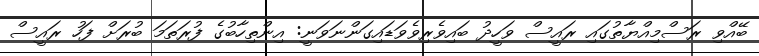
ބޭއްވި ރަސްމިއްޔާތުގައި ރައީސް ވަހީދު ބައިވެރިވެވަޑައިގަންނަވަނީ: އިންތިހާބުގެ ފުރަތަމަ ބުރަށް ފަހު ރައީސް